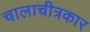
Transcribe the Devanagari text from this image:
चालाचीत्रकार